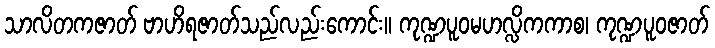
သာလိတကဇာတ် ဗာဟိရဇာတ်သည်လည်းကောင်း။ ကုဏ္ဍပူဝမဟလ္လိကကာစ၊ ကုဏ္ဍပူဝဇာတ်